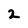
Character: 2